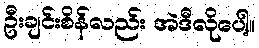
ဦးချင်းစိန်လည်း အဲဒီလိုပေါ့။